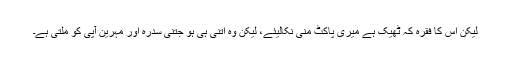
لیکن اس کا فقرہ کہ ٹھیک ہے میری پاکٹ منی نکالیئے، لیکن وہ اتنی ہی ہو جتنی سدرہ اور مہرین آپی کو ملتی ہے۔